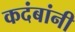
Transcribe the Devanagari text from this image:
कदंबांनी